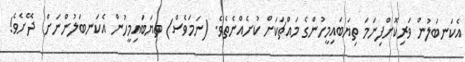
އެކަނބަލުން ވަރިކޮށްފިނަމަ ތިޔަބައިމީހުންގެ މައްޗަކަށް ކުށެއްނެތެވެ. (ނަމަވެސް) ތިޔަބައިމީހުން އެކަނބަލުންނަށް  ދޭށެވެ!